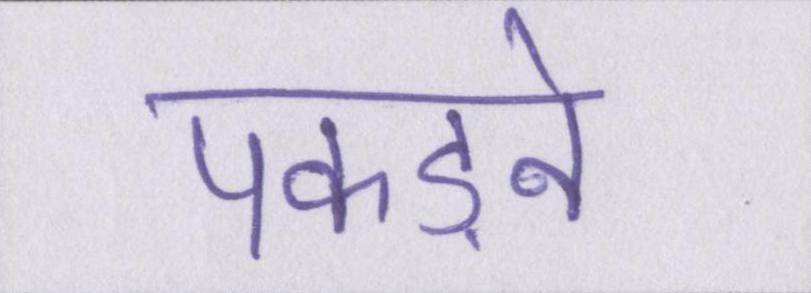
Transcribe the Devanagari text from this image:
पकड़ने